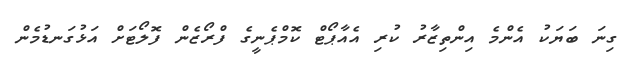
ގިނަ ބަޔަކު އެންމެ އިންތިޒާރު ކުރި އެއާޕޯޓް ކޮމްޕެނީގެ ފްރޯޒެން ފޮލޯޓަށް އަޅުގަނޑުމެން